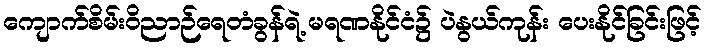
ကျောက်စိမ်းဝိညာဉ်ရေတံခွန်ရဲ့ မရဏနိုင်ငံ၌ ပဲနွယ်ကုန်း ပေးနိုင်ခြင်းဖြင့်